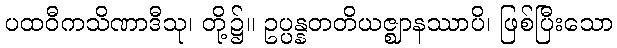
ပထဝီကသိဏာဒီသု၊ တို့၌။ ဥပ္ပန္နတတိယဇ္ဈာနဿာပိ၊ ဖြစ်ပြီးသော